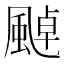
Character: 𩘀